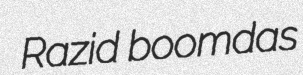
Razid boomdas